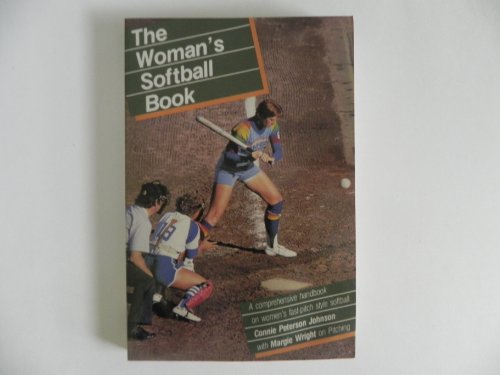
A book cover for The Woman's Softball Book; Connie Peterson Johnson; Sports & Outdoors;